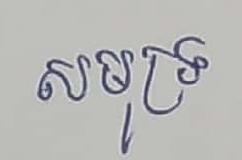
សមុទ្រ